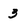
Character: 3